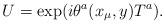
LaTeX: \begin{align*}U = \exp (i \theta^a (x_\mu, y) T^a).\end{align*}